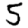
Digit: 5